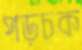
পড়চক